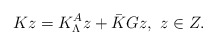
\begin{align*} Kz=K_\Lambda^Az+\bar{K}Gz,\ z\in Z.\end{align*}